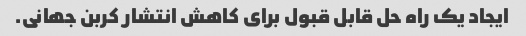
ایجاد یک راه حل قابل قبول برای کاهش انتشار کربن جهانی.